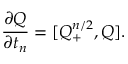
\frac { \partial Q } { \partial t _ { n } } = [ Q _ { + } ^ { n / 2 } , Q ] .